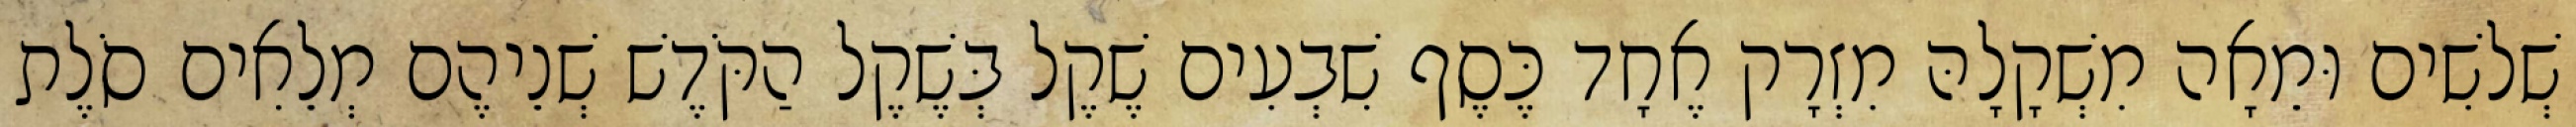
שְׁלשִׁים וּמֵאָה מִשְׁקָלָהּ מִזְרָק אֶחָד כֶּסֶף שִׁבְעִים שֶׁקֶל בְּשֶׁקֶל הַקֹּדֶשׁ שְׁנֵיהֶם מְלֵאִים סֹלֶת